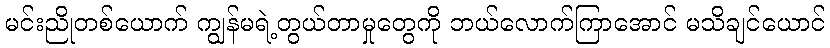
မင်းညိုတစ်ယောက် ကျွန်မရဲ့တွယ်တာမှုတွေကို ဘယ်လောက်ကြာအောင် မသိချင်ယောင်